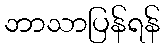
ဘာသာပြန်ရန်